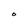
Character: O